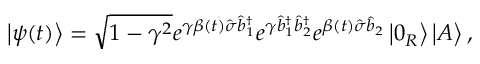
\left\vert \psi ( t ) \right\rangle = \sqrt { 1 - \gamma ^ { 2 } } e ^ { \gamma \beta ( t ) \hat { \sigma } \hat { b } _ { 1 } ^ { \dagger } } e ^ { \gamma \hat { b } _ { 1 } ^ { \dagger } \hat { b } _ { 2 } ^ { \dagger } } e ^ { \beta ( t ) \hat { \sigma } \hat { b } _ { 2 } } \left\vert 0 _ { R } \right\rangle \left\vert A \right\rangle ,